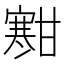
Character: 𫴐